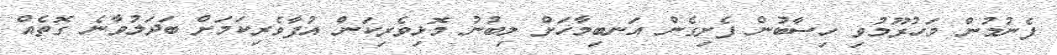
ފެނުމުން މަހުރޫމުވި ހިސާބުން ފެށިގެން އަނބިމާހަށް ލިބުނު މޮޅިވެރިކަން އުފާވެރިކަމަށް ބަދަލުވާނެ ގޮތެއް